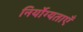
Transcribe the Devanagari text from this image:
निर्योग्यताएँ